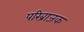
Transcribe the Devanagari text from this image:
परिब्राजक